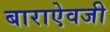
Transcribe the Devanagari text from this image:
बाराऐवजी